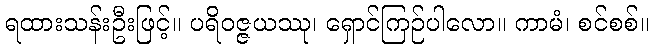
ရထားသန်းဦးဖြင့်။ ပရိဝဇ္ဇယဿု၊ ရှောင်ကြဉ်ပါလော။ ကာမံ၊ စင်စစ်။